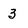
Character: 3